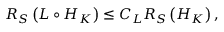
\begin{array} { r } { { \cal { R } _ { { \cal { S } } } } \left( { \cal { L } } \circ { { \cal { H } } _ { K } } \right) \le C _ { L } { \cal { R } _ { { \cal { S } } } } \left( { { \cal { H } } _ { K } } \right) , } \end{array}